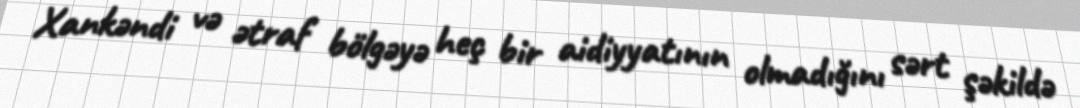
Xankəndi və ətraf bölgəyə heç bir aidiyyatının olmadığını sərt şəkildə